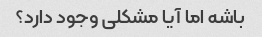
باشه اما آیا مشکلی وجود دارد؟